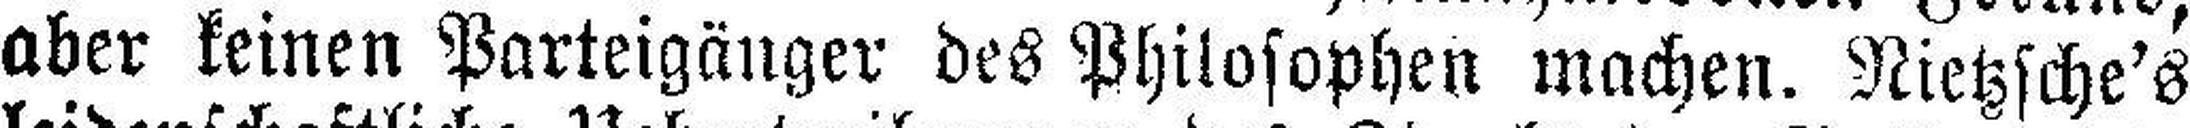
aber keinen Parteigänger des Philosophen machen. Nietzsche's